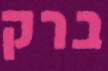
ברק